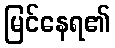
မြင်နေရ၏